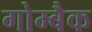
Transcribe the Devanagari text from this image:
गोम्बैक